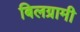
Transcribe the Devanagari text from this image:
बिलग्रामी